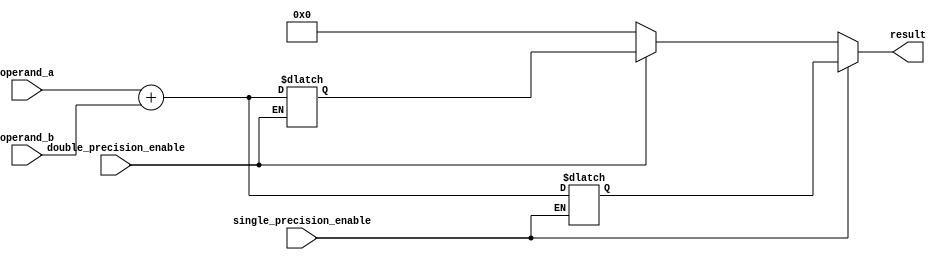
module mixed_precision_fpu(
    input wire single_precision_enable,
    input wire double_precision_enable,
    input wire [31:0] operand_a,
    input wire [31:0] operand_b,
    output reg [31:0] result
);

// Single precision block
reg [31:0] single_result;
always @(*)
begin
    if(single_precision_enable)
        single_result = operand_a + operand_b;
end

// Double precision block
reg [63:0] double_result;
always @(*)
begin
    if(double_precision_enable)
        double_result = operand_a + operand_b;
end

// Output selection based on precision
always @(*)
begin
    if(single_precision_enable)
        result = single_result;
    else if(double_precision_enable)
        result = double_result;
    else
        result = 32'd0; // Default value
end

endmodule